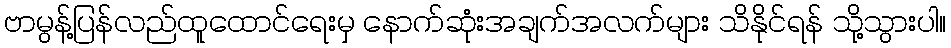
ဗာမွန့်ပြန်လည်ထူထောင်ရေးမှ နောက်ဆုံးအချက်အလက်များ သိနိုင်ရန် သို့သွားပါ။